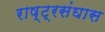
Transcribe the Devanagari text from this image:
राष्ट्रसंघास